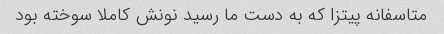
متاسفانه پیتزا که به دست ما رسید نونش کاملا سوخته بود